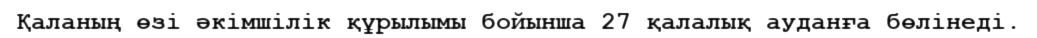
Қаланың өзі әкімшілік құрылымы бойынша 27 қалалық ауданға бөлінеді.